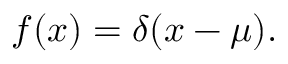
f ( x ) = \delta ( x - \mu ) .